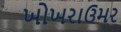
ખોખરાઉમર